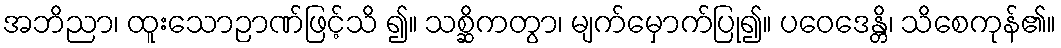
အဘိညာ၊ ထူးသောဉာဏ်ဖြင့်သိ ၍။ သစ္ဆိကတွာ၊ မျက်မှောက်ပြု၍။ ပဝေဒေန္တိ၊ သိစေကုန်၏။